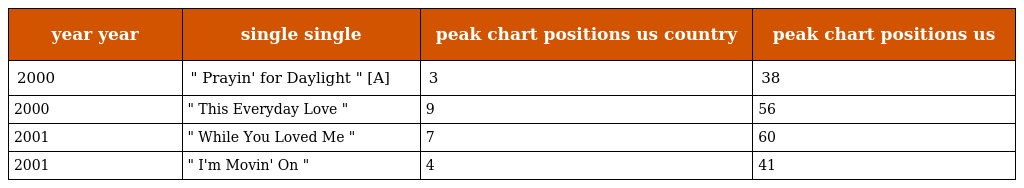
| year year | single single | peak chart positions us country | peak chart positions us |
 | --- | --- | --- | --- |
 | 2000 | " Prayin' for Daylight " [A] | 3 | 38 |
 | 2000 | " This Everyday Love " | 9 | 56 |
 | 2001 | " While You Loved Me " | 7 | 60 |
 | 2001 | " I'm Movin' On " | 4 | 41 |